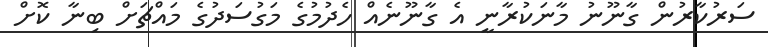
ސަރުކާރުން ގާނޫނު މާނަކުރާނީ އެ ގާނޫނެއް ހެދުމުގެ މަގުސަދުގެ މައްޗަށް ބިނާ ކޮށް